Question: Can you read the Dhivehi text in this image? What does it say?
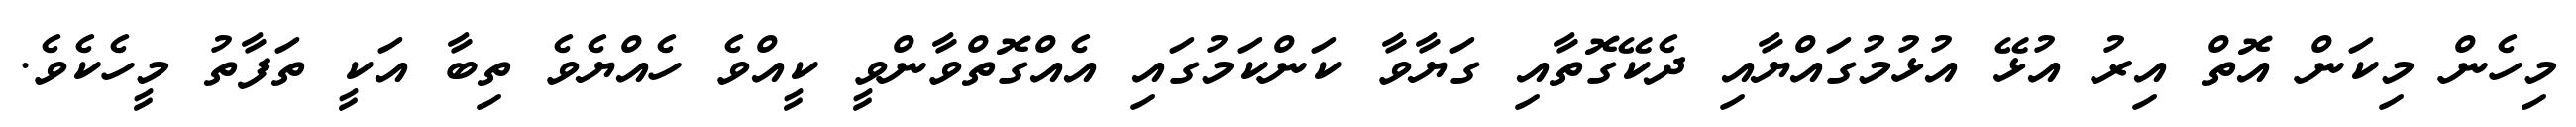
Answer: މިހެން މިކަން އޮތް އިރު އުޅޭ އުޅުމުގައްޔާއި ދެކޭގޮތާއި ގަޔާވާ ކަންކަމުގައި އެއްގޮތްވާންވީ ކީއްވެ ހެއްޔެވެ ތިބާ އަކީ ތަފާތު މީހެކެވެ.